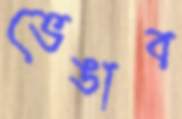
ভেঙাব